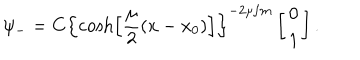
\psi _ { - } = C \left\{ \cosh \left[ \frac { \mu } { 2 } ( x - x _ { 0 } ) \right] \right\} ^ { - 2 \mu / m } \left[ \begin{array} { c } { { 0 } } \\ { { 1 } } \\ \end{array} \right] .